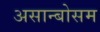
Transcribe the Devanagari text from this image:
असान्बोसम